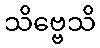
သိဗ္ဗေသိ